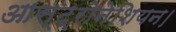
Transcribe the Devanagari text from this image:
आस्ट्रोनेशियन।